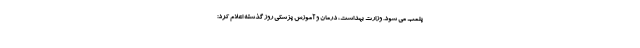
پلمب می شود. وزارت بهداشت، درمان و آموزش پزشکی روز گذشته اعلام کرد: